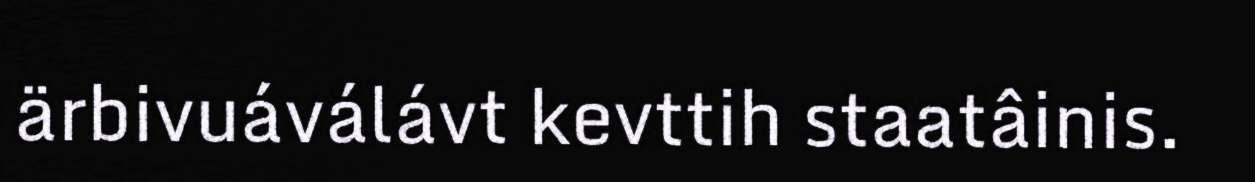
ärbivuáválávt kevttih staatâinis.